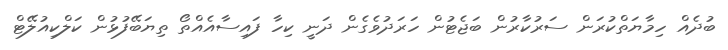
ބުދެއް ހިމާޔަތްކުރަން ސަރުކާރުން ބަޖެޓުން ހަރަދުވެގެން ދަނީ ކިހާ ފައިސާއެއްތޯ ތިޔަބޭފުޅުން ކަލްކިއުލޭޓް